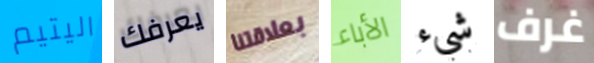
اليتيم يعرفك بعلاقتنا الأباء شيء غرف